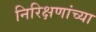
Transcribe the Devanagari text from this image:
निरिक्षणांच्या